Punjab Mental Hospital Lahore 1932-46 - 1932-1946
Year: 1932
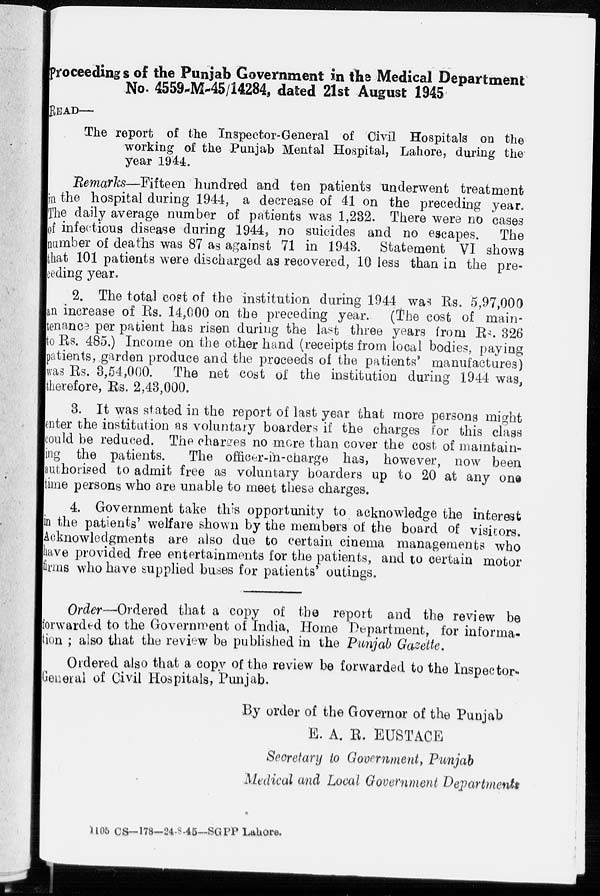
proceedings of the Punjab Government in the Medical Department
No. 4559-M-45/14284, dated 21st August 1945
READ—
The report of the Inspector-General of Civil Hospitals on the
working of the Punjab Mental Hospital, Lahore, during the
year 1944.
Remarks—Fifteen hundred and ten patients underwent treatment
in the hospital during 1944, a decrease of 41 on the preceding year.
The daily average number of patients was 1,232. There were no cases
of infectious disease during 1944, no suicides and no escapes.
The
number of deaths was 87 as against 71 in 1943. Statement VI shows
that 101 patients were discharged as recovered, 10 less than in the pre-
ceding year.
2. The total cost of the institution during 1944 was Rs. 5,97,000
an increase of Rs. 14,000 on the preceding year.
(The cost of main-
tenance per patient has risen during the last three years from Rs. 326
to Rs. 485.) Income on the other hand (receipts from local bodies, paying
patients, garden produce and the proceeds of the patients' manufactures)
was Rs. 3,54,000. The net cost of the institution during 1944 was,
therefore, Rs. 2,43,000.
3. It was stated in the report of last year that more persons might
enter the institution as voluntary boarders if the charges for this class
could be reduced. The charges no more than cover the cost of maintain-
ing the patients.
The officer-in-charge has, however, now been
authorised to admit free as voluntary boarders up to 20 at any one
time persons who are unable to meet these charges.
4. Government take this opportunity to acknowledge the interest
in the patients' welfare shown by the members of the board of visitors.
Acknowledgments are also due to certain cinema managements who
have provided free entertainments for the patients, and to certain motor
firms who have supplied buses for patients' outings.
Order—Ordered that a copy of the report and the review be
forwarded to the Government of India, Home Department, for informa-
tion ; also that the review be published in the Punjab Gazette.
Ordered also that a copy of the review be forwarded to the Inspector-
General of Civil Hospitals, Punjab.
By order of the Governor of the Punjab
E. A. R. EUSTACE
Secretary to Government, Punjab
Medical and Local Government Departments
1105 CS—178—24-8-45—SGPP Lahore.